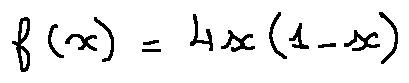
f ( x ) = 4 x ( 1 - x )